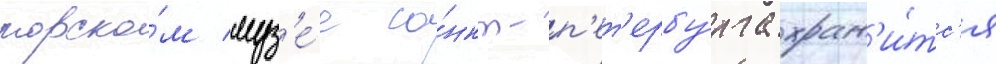
морско́м муз'е́е са́нкт-п'ет'ербу́рга хран'и́тс'я